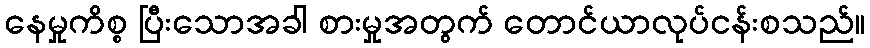
နေမှုကိစ္စ ပြီးသောအခါ စားမှုအတွက် တောင်ယာလုပ်ငန်းစသည်။